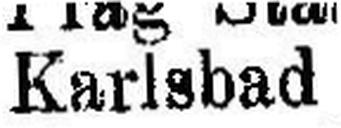
Karlsbad